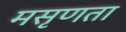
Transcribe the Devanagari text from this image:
मसृणता